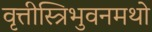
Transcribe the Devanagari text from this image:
वृत्तीस्त्रिभुवनमथो